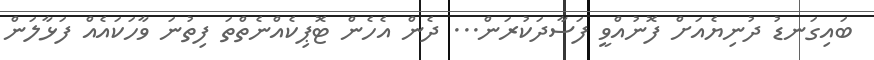
ބައިގަނޑު ދުނިޔެއަށް ފޮނުއްވީ ފަސާދަކުރަން... ދެން އެހެން ޓޮޕިކެއްނެތްތަ ފިތުނަ ވާހަކައެއް ފަޅާލަން